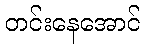
တင်းနေအောင်